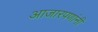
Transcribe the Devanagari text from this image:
आजारपणांनी